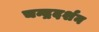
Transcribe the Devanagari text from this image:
चन्द्रदर्शन